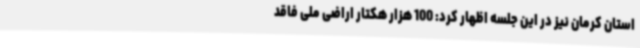
استان کرمان نیز در این جلسه اظهار کرد: 100 هزار هکتار اراضی ملی فاقد